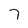
Character: 7